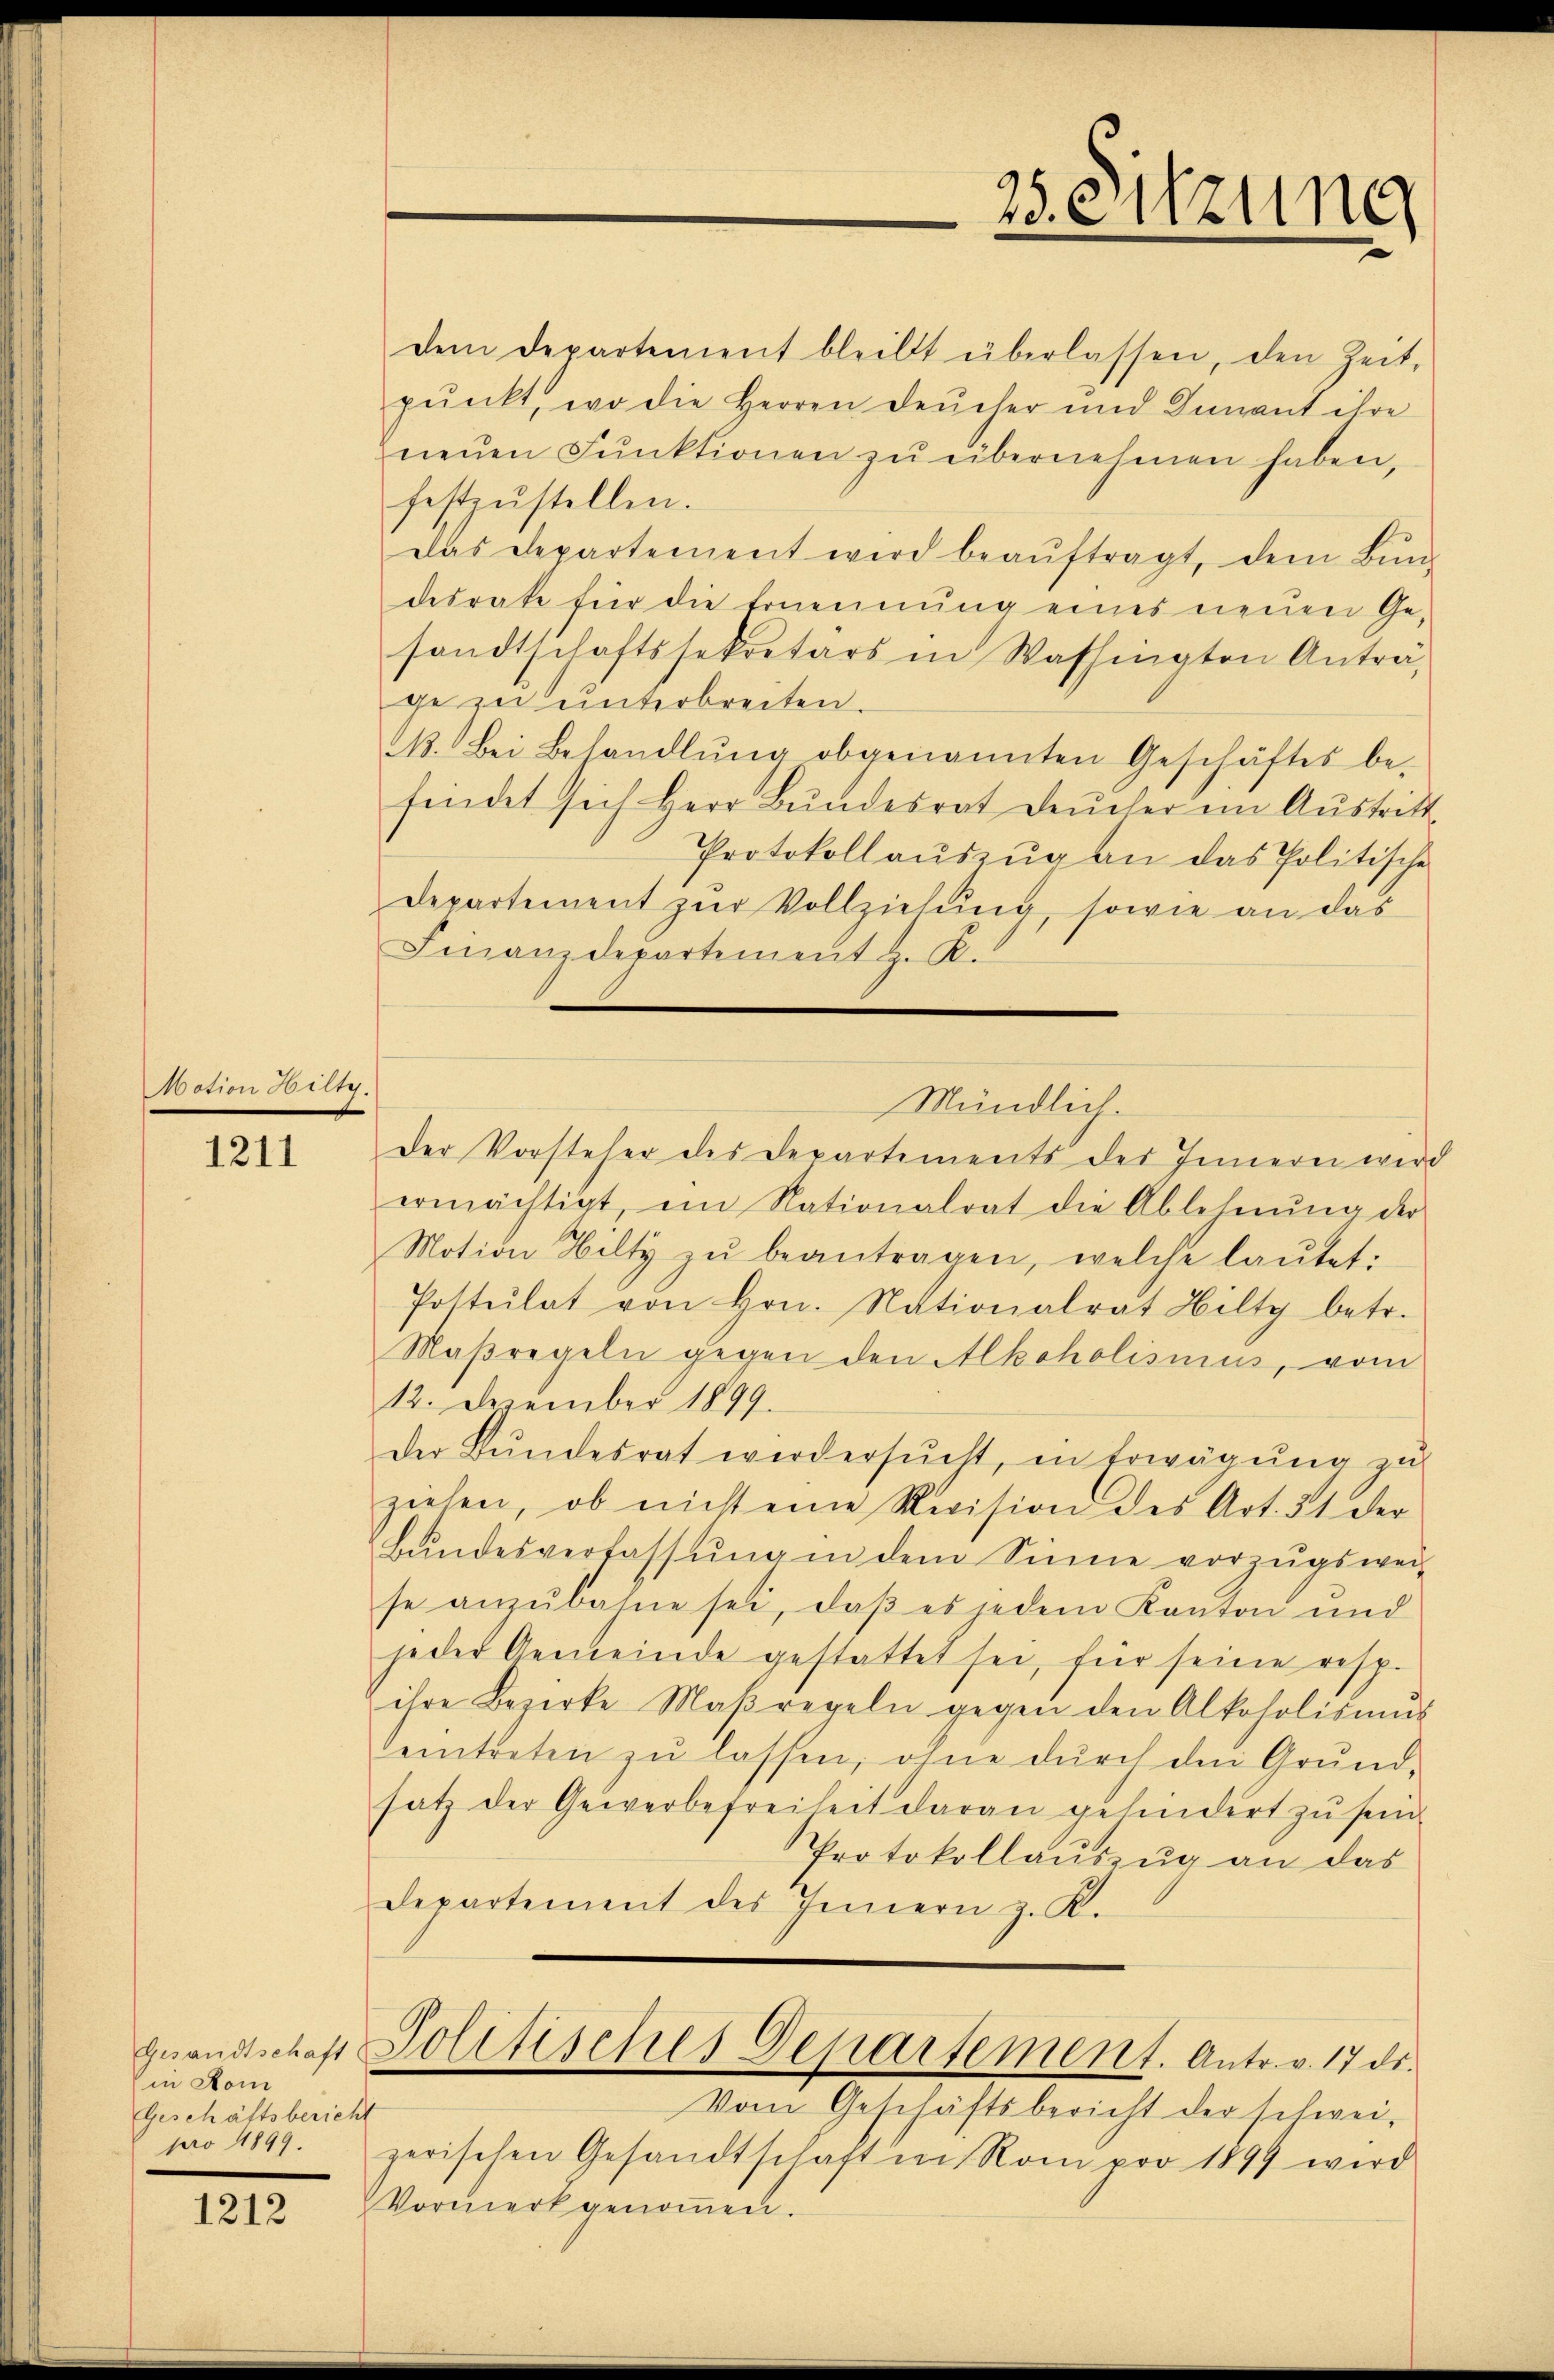
votion Sichy.

1211

in Hom
Geschäftsbericht

1212

dem Departement bleibt überlassen, den Zeit-
pŭnkt, wo die Herren Deucher und Dunant ihre
neŭen Pŭnktionen zŭ übernehmen haben,
festzŭstellen.
Das Departement wird beaŭftragt, dem Bŭn-
desrate für die Ernennung eines neuen Gesandtschaftssekretärs in Washingten Anträge zu unterbreiten.
N. Bei Behandlŭng obgenannten Geschäftes be-
findet sich Herr Bŭndesrat Deucher in Aŭstritt
Protokollaŭszŭg an das Politische
Departement zur Vollziehung, sowie an das
Finanzdepartement z. R.
Der Vorsteher des Departements des Innern wird
ermächtigt, im Nationalrat die Ablehnŭng der
Motion Hilty zŭ beantragen, welche laŭtet:
Postulat von Hrn. Nationalrat Hilty betr.
Maßregeln gegen den Alkoholismus, vom
12. Dezember 1899.
der Bŭndesrat werdersŭcht, in Erwägŭng zŭ
ziehen, ob nicht eine Revision des Art. 51 der
Bŭndesverfassŭng in dem Sinne vorzŭgswei
se anzŭbahne sei, daβ es jedem Kanton und
jeder Gemeinde gestattet sei, für seine resp.
ihre Bezirke Maßregeln gegen den Alkoholismŭs
eintreten zu lassen, ohne durch den Grundsatz der Gewerbefreiheit daran gehindert zŭ sein.
Protokollauszug an das
Departement des Innern z. K.
gesandtschaft Solltisches Departement. Antr. v. 17 ds.
Vom Geschäftsbericht der schwei-
pro 1849. zerischen Gesandtschaft in Romi pro 1899 wird
Vormerkgenoṁen.

Mündlich.

25. Sitzung